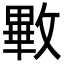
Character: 㪤